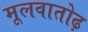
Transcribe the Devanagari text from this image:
मूलवातोढ़